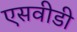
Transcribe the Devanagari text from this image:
एसवीडी